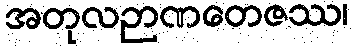
အတုလဉာဏတေဇဿ၊